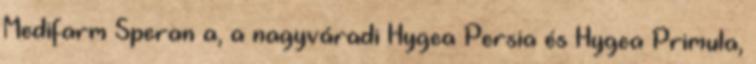
Medifarm Speranța, a nagyváradi Hygea Persia és Hygea Primula,